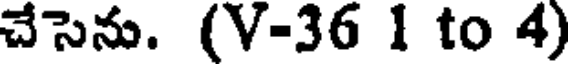
చేసెను. (V-36 1 to 4)